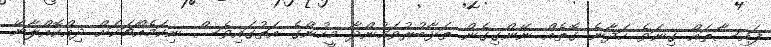
ފައިސާތައް ގިނަވެ ހަދާނެ ގޮތެއް ނޭންގިގެން ތަޅާބުރުވަމުންދާ މީހުންގެ އަތުގައިވެސް ނިކަމެއްޗަކަށް ދިއްކޮއްލާނޭ